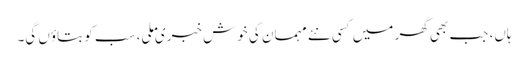
ہاں، جب بھی گھر میں کسی نئے مہمان کی خوش خبری ملی، سب کو بتاوٴں گی۔